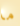
ما